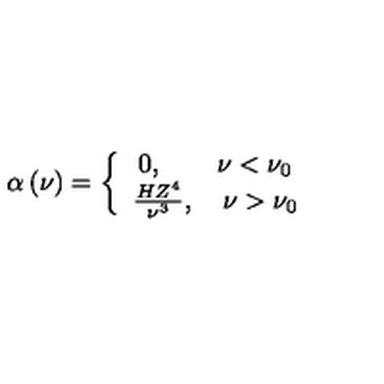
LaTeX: \alpha \left( \nu \right) = \left\{ { { \begin{array} { c } { { 0 , \quad \quad \nu < \nu _ { 0 } } \hfill } \\ { { \frac { H Z ^ { 4 } } { \nu ^ { 3 } } , \quad \nu > \nu _ { 0 } } \hfill } \\ \end{array} } } \right.